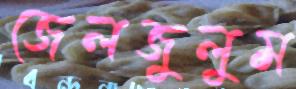
জেলজুলুম